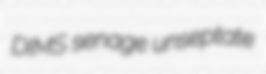
DIMS senage unseptate